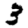
Digit: 3